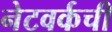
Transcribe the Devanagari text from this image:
नेटवर्कची